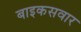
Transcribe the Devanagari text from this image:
बाइकसवार